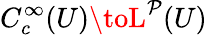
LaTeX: C_{c}^{\infty}(U)\toL^{\mathcal{P}}(U)